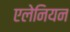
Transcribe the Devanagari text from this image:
एलेनियन